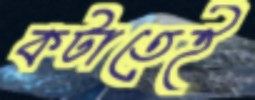
কটাতেই